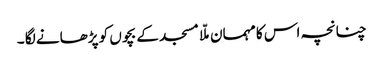
چنانچہ اس کا مہمان ملّا مسجد کے بچوں کو پڑھانے لگا ۔